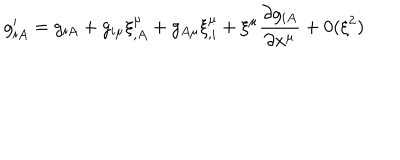
LaTeX: g _ { i A } ^ { \prime } = g _ { i A } + g _ { i \mu } \xi _ { , A } ^ { \mu } + g _ { A \mu } \xi _ { , i } ^ { \mu } + \xi ^ { \mu } \frac { \partial g _ { i A } } { \partial x ^ { \mu } } + 0 ( \xi ^ { 2 } )